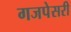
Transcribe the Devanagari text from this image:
गजपेसरी